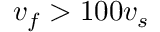
v _ { f } > 1 0 0 v _ { s }